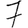
Digit: 7